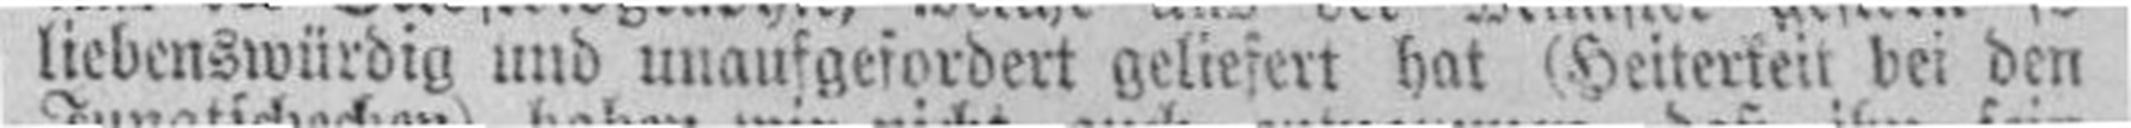
liebenswürdig und unaufgefordert geliefert hat (Heiterkeit bei den